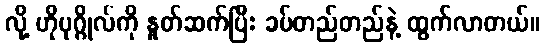
လို့ ဟိုပုဂ္ဂိုလ်ကို နှုတ်ဆက်ပြီး ခပ်တည်တည်နဲ့ ထွက်လာတယ်။